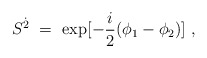
\begin{align*}S^{\dot 2}~=~ {\rm exp}[-\frac{i}{2}(\phi_1-\phi_2)]~,\end{align*}